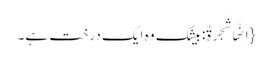
{اِنَّهَا شَجَرَةٌ: بیشک وہ ایک درخت ہے۔